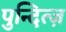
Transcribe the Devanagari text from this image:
पुन्दित्ज़